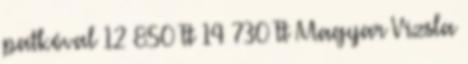
patkóval 12 850 Ft 14 730 Ft Magyar Vizsla